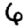
Digit: 6